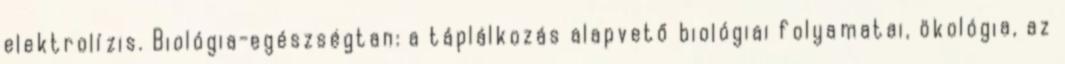
elektrolízis. Biológia-egészségtan: a táplálkozás alapvető biológiai folyamatai, ökológia, az